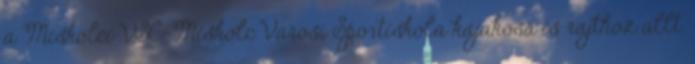
a Miskolci VSC-Miskolc Városi Sportiskola kajakosa is rajthoz állt.